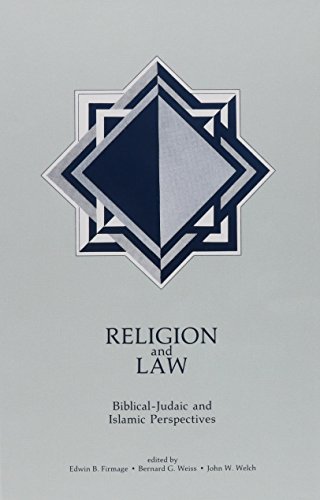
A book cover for Religion and Law: Biblical-Judaic and Islamic Perspectives; Edwin B. Firmage; Religion & Spirituality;